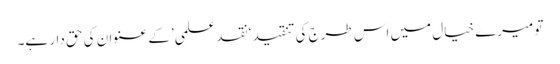
تو میرے خیال میں اس طرج کی تنقید ‘نقد علمی’ کے عنوان کی حق دار ہے۔